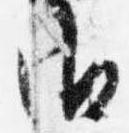
御